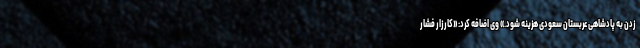
زدن به پادشاهی عربستان سعودی هزینه شود.» وی اضافه کرد: «کارزار فشار